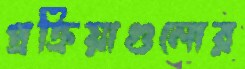
প্রক্রিয়াগুলোর